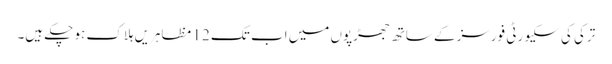
ترکی کی سکیورٹی فورسز کے ساتھ جھڑپوں میں اب تک 12 مظاہریں ہلاک ہو چکے ہیں۔